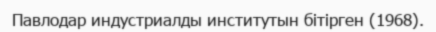
Павлодар индустриалды институтын бітірген (1968).